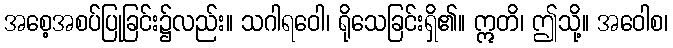
အစေ့အစပ်ပြုခြင်း၌လည်း။ သဂါရဝေါ၊ ရိုသေခြင်းရှိ၏။ ဣတိ၊ ဤသို့။ အဝေါစ၊